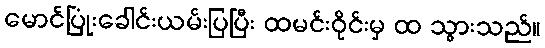
မောင်ပြုံးခေါင်းယမ်းပြပြီး ထမင်းဝိုင်းမှ ထ သွားသည်။